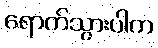
ရောက်သွားပါက